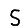
Digit: 5